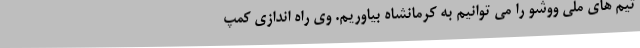
تیم های ملی ووشو را می توانیم به کرمانشاه بیاوریم. وی راه اندازی کمپ